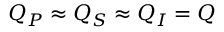
Q _ { P } \approx Q _ { S } \approx Q _ { I } = Q